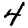
Digit: 4